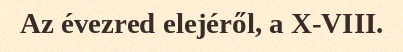
Az évezred elejéről, a X-VIII.